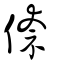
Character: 倷